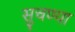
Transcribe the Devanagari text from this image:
सुचण्या